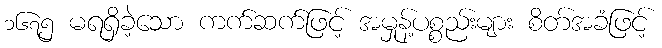
၁၆၇၅ မရရှိခဲ့သော ကက်ဆက်ဖြင့် အမှုန့်ပစ္စည်းများ စိတ်အခံဖြင့်